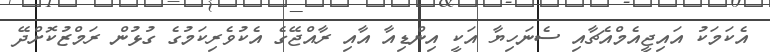
އެކަމަކު އައިޖީއެމްއެޗާއި ސެނަހިޔާ އަކީ އިންޑިއާ އާއި ރާއްޖޭގެ އެކުވެރިކަމުގެ ގުޅުން ރަމްޒުކޮށްދޭ